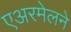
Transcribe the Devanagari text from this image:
एअरमेलने